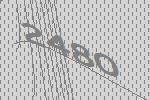
2480